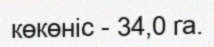
көкөніс - 34,0 га.